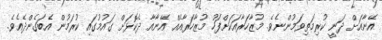
އޭނާއަށް ދަނީ ކުރިމަތިވަމުންނެވެ. މުޒާހަރާއަކަށްފަހު މުޒާހަރާއެއް އޭނާއާ ދެކޮޅަށް ގައުމުގައި ކުރަމުން އެބަގެންދެއެވެ.